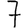
Digit: 7